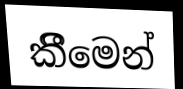
කීිමෙන්